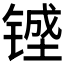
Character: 𰾔